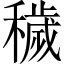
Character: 穢